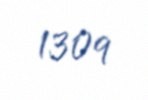
1309